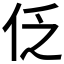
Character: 𠇖